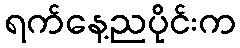
ရက်နေ့ညပိုင်းက